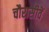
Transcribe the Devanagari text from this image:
चौरासीवें